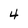
Character: 4